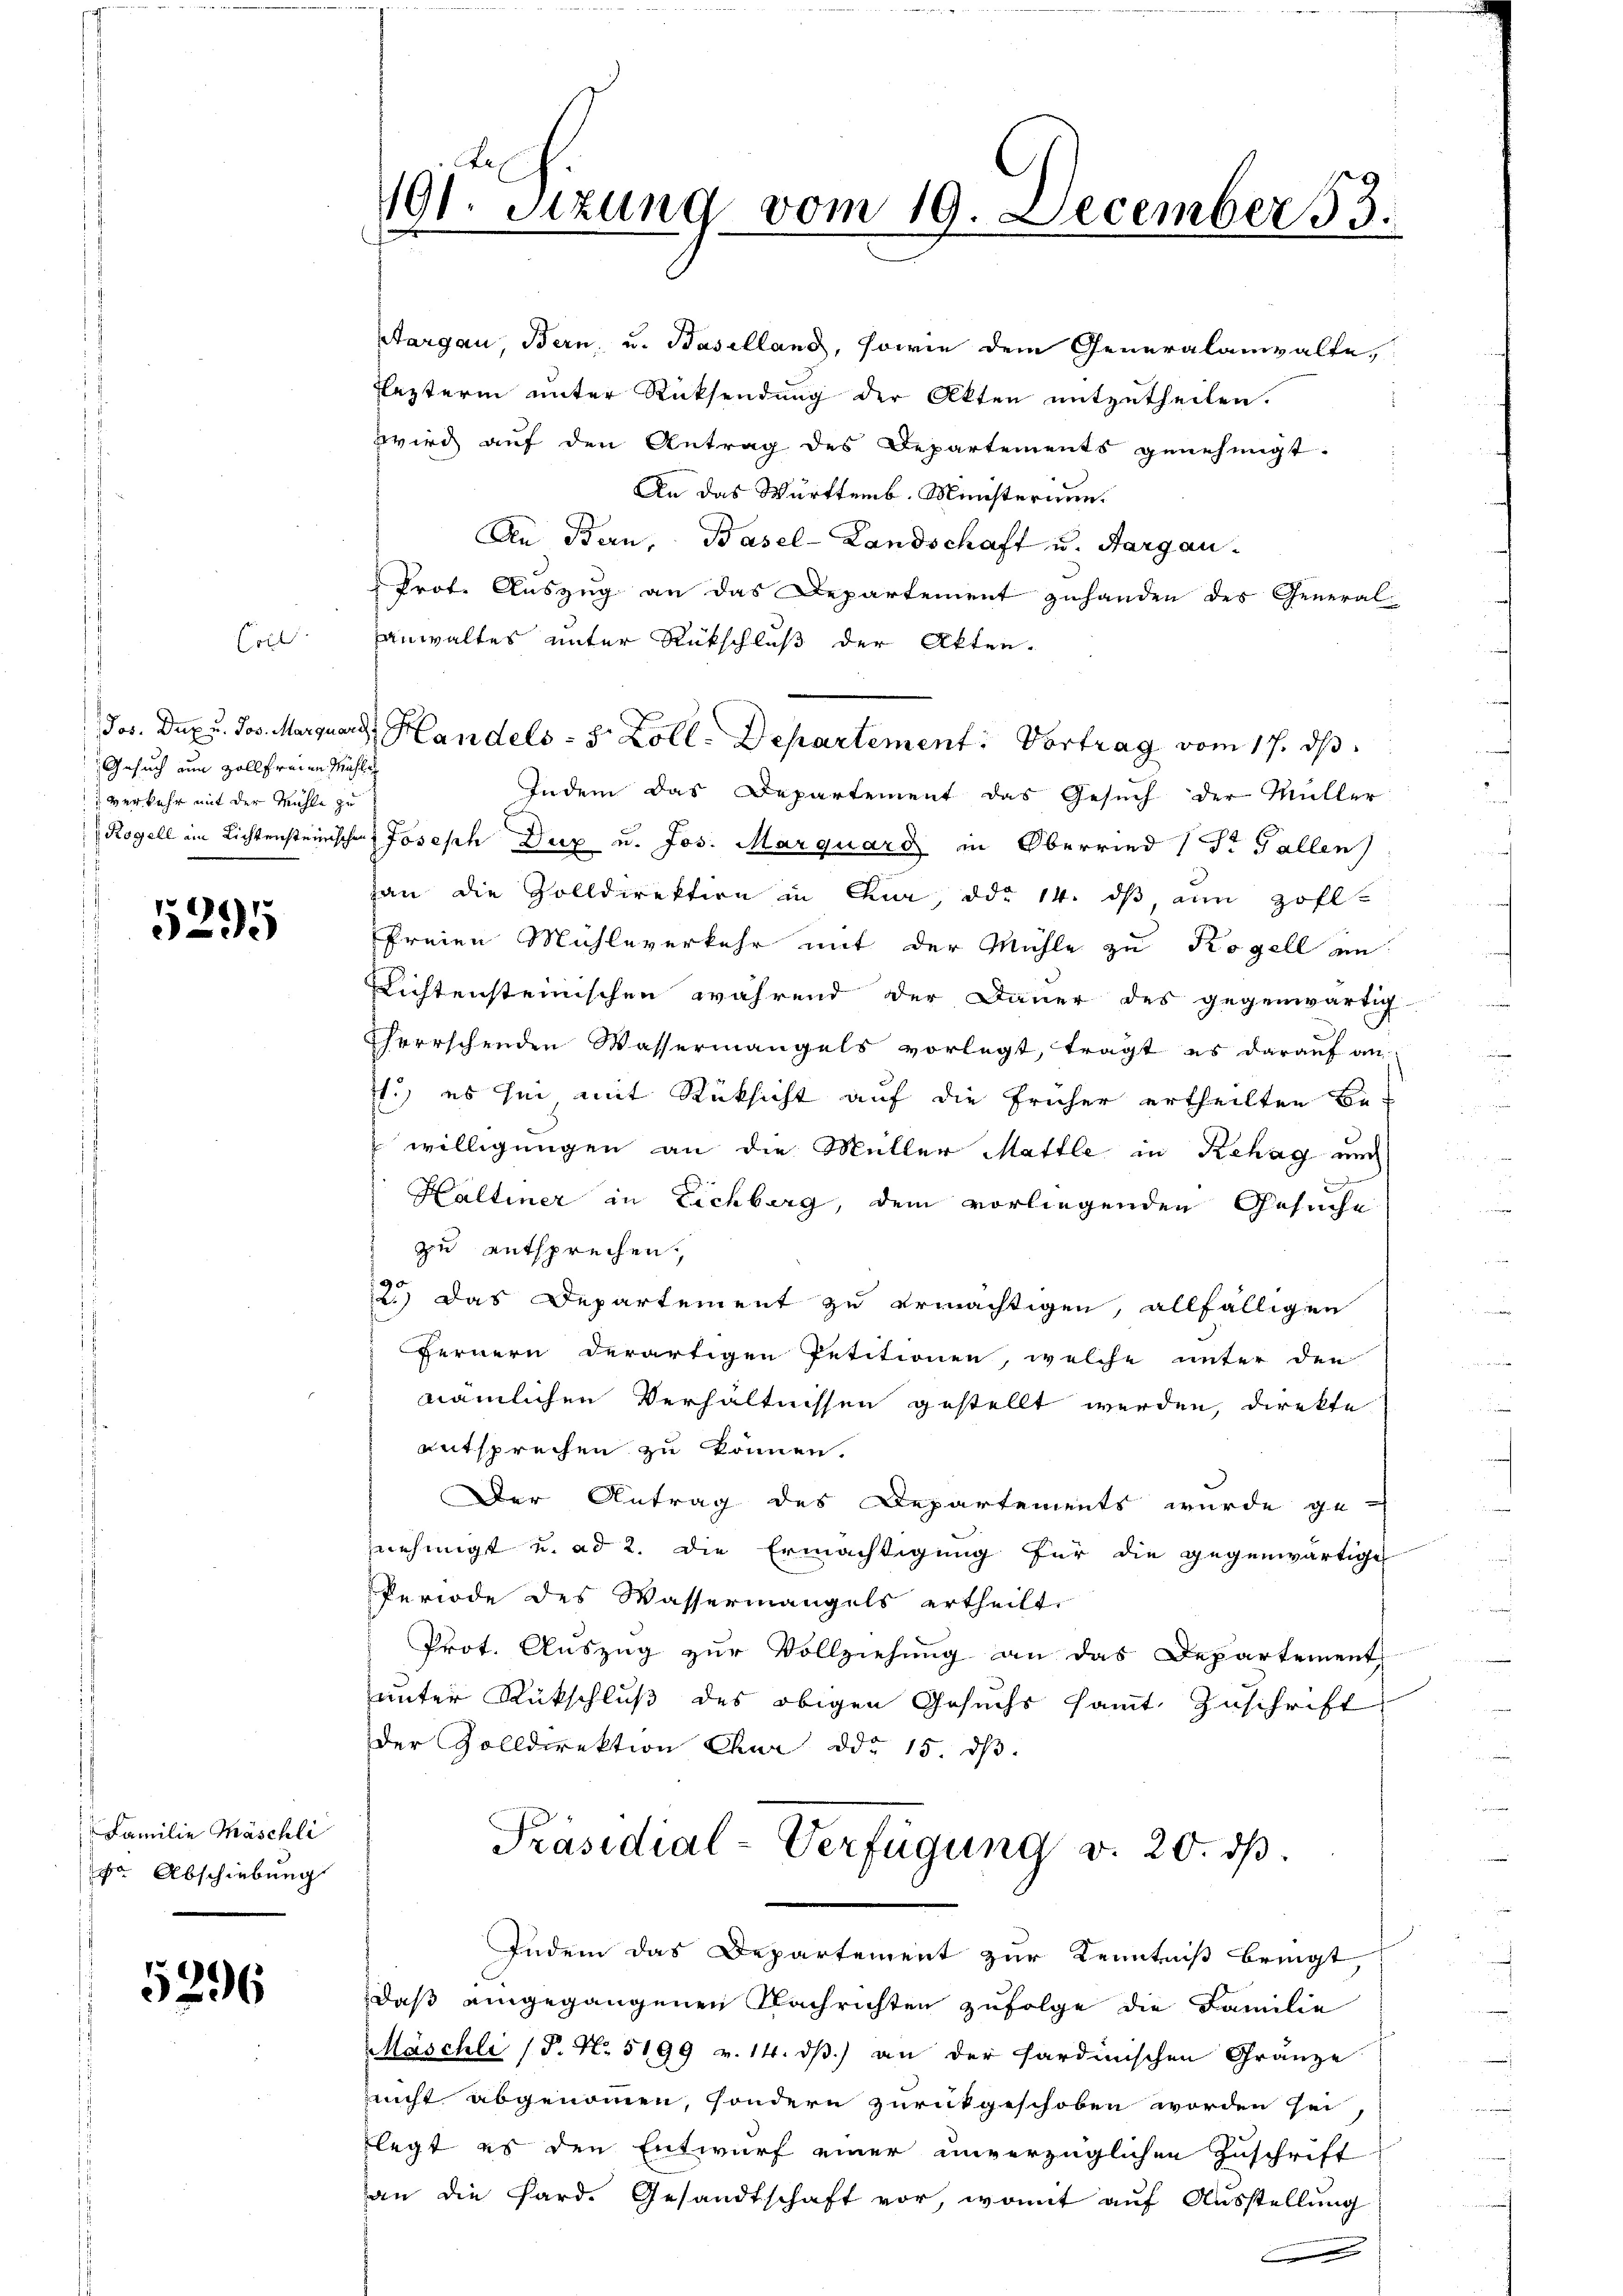
Conl

Jos. Dux u. Jos. Marquard
Gesuch an Zollfreien Mähli
 verkehr mit der Mühle zu

5295

Familie Thäschli
e Abschiebung

5296

191. Sizung vom 19. December 53.

Aargau, Bern, u. Baselland, sowie dem Generalanwalte,
Lezterm unter Rücksendung der Akten mitzutheilen.
wird auf den Antrag des Departements genehmigt.
An das Württemb. Ministerium.
An Bern, Basel-Landschaft u. Aargau-
Prot. Auszug an das Departement zuhanden des General-
anwaltes unter Rückschluß der Akten.
Indem das Departement das Gesuch der Müller
Rogell im Lichtensteinischen Joseph Dux u. Jos. Marquard in Oberried (Pr Fallen
hau die Zolldirektion in Chur, ddo 14. dβ ein Zoll-
freien Mühleverkehr mit der Mühle zu Kogell an
Richtensteinischen während der Dauer des gegenwärtig
herrschenden Wassermangels vorlegt, trägt es darauf an-
1.) es sei mit Rücksicht auf die früher ertheilten Be-
 willigungen an die Müller Mattle in Rehag un
Haltiner in Eichberg, dem vorliegenden Gesuche
zu entsprechen.
2.) Das Departement zu ermächtigen, allfälligen
Fernern derartigen Petitionen, welche unter den
nämlichen Verhältnissen gestellt werden, direkte
entsprechen zu können.
Der Antrag des Departements wurde genehmigt u. ad 2. die Ermächtigung für die gegenwärtige
Periode des Wassermangels ertheilt.
Prot. Auszug zur Vollziehung an das Departement
unter Rückschluß des obigen Gesuchs samt Zuschrift
der Zolldirektion Chur ddr 15. dβ.
Präsidial-Verfügung v. 20. dβ.
Indem das Departement zur Kenntniß bringt
daß eingegangenen Nachrichten zufolge die Familie
Mäschli (P. Nr. 5199 v. 14. d) an der sardinischen Gränze
richt abgenommen, sondern zurükgeschoben worden sei
legt es den Entwurf einer unverzüglichen Zuschrift
an die Pard. Gesandtschaft vor, womit auf Ausstellung

. Handels- 5 Zoll-Departement: Vortrag vom 17. ds.